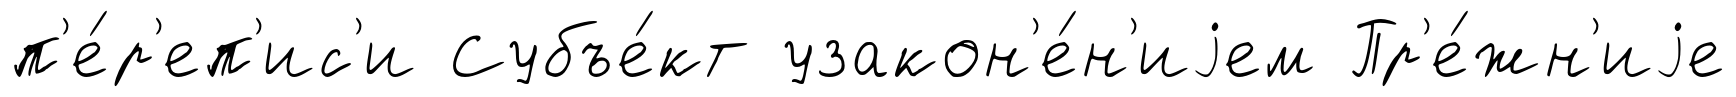
п'е́р'еп'ис'и Субъе́кт узакон'е́н'иjем Пр'е́жн'иjе